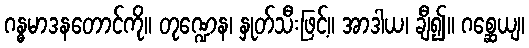
ဂန္ဓမာဒနတောင်ကို။ တုဏ္ဍေန၊ နှုတ်သီးဖြင့်။ အာဒါယ၊ ချီ၍။ ဂစ္ဆေယျ၊